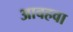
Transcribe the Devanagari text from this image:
आवहवा